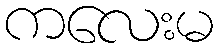
ကလေးမ